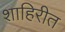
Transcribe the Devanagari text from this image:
शाहिरीत